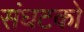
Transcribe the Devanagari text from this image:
संघटको